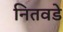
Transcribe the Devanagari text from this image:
नितवडे